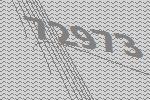
72973